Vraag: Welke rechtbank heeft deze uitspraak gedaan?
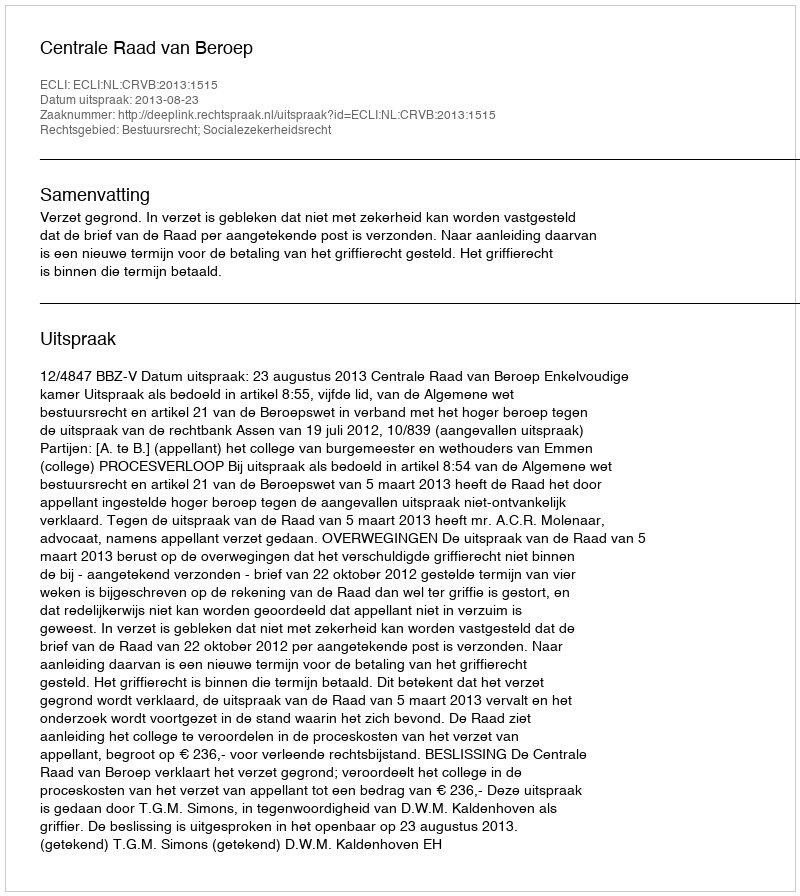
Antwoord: Centrale Raad van Beroep